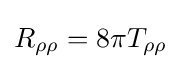
R_{\rho \rho }=8\pi T_{\rho \rho }